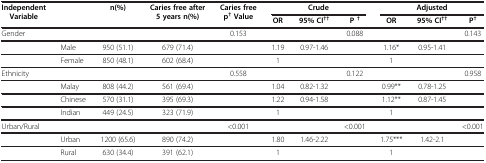
| <ROWSPAN=2> Independent Variable | <ROWSPAN=2>  | <ROWSPAN=2> n(%) | <ROWSPAN=2> Caries free after 5 years n(%) | <ROWSPAN=2> Caries free p†Value | <COLSPAN=3> Crude | <COLSPAN=3> Adjusted |
 | OR | 95% CI†† | P† | OR | 95% CI†† | P† |
 | --- | --- | --- | --- | --- | --- | --- | --- | --- | --- | --- |
 | Gender |  |  |  | 0.153 |  |  | 0.088 |  |  | 0.143 |
 |  | Male | 950 (51.1) | 679 (71.4) |  | 1.19 | 0.97-1.46 |  | 1.16* | 0.95-1.41 |  |
 |  | Female | 850 (48.1) | 602 (68.4) |  | 1 |  |  | 1 |  |  |
 | Ethnicity |  |  |  | 0.558 |  |  | 0.122 |  |  | 0.958 |
 |  | Malay | 808 (44.2) | 561 (69.4) |  | 1.04 | 0.82-1.32 |  | 0.99** | 0.78-1.25 |  |
 |  | Chinese | 570 (31.1) | 395 (69.3) |  | 1.22 | 0.94-1.58 |  | 1.12** | 0.87-1.45 |  |
 |  | Indian | 449 (24.5) | 323 (71.9) |  | 1 |  |  | 1 |  |  |
 | Urban/Rural |  |  |  | <0.001 |  |  | <0.001 |  |  | <0.001 |
 |  | Urban | 1200 (65.6) | 890 (74.2) |  | 1.80 | 1.46-2.22 |  | 1.75*** | 1.42-2.1 |  |
 |  | Rural | 630 (34.4) | 391 (62.1) |  | 1 |  |  | 1 |  |  |